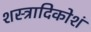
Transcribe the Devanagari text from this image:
शस्त्रादिकोशं